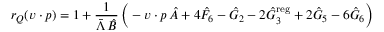
r _ { Q } ( v \cdot p ) = 1 + { \frac { 1 } { \bar { \Lambda } \, \hat { B } } } \, \bigg ( - v \cdot p \, \hat { A } + 4 \hat { F } _ { 6 } - \hat { G } _ { 2 } - 2 \hat { G } _ { 3 } ^ { \mathrm { r e g } } + 2 \hat { G } _ { 5 } - 6 \hat { G } _ { 6 } \bigg )